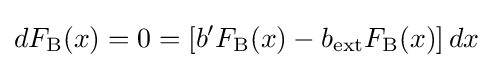
dF_{\text{B}}(x)=0=\left[b'F_{\text{B}}(x)-b_{\text{ext}}F_{\text{B}}(x)\right]dx